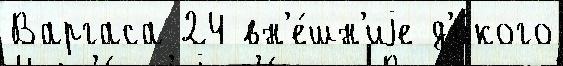
Варгаса 24 вн'е́шн'иjе д'и́кого